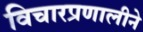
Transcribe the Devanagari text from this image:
विचारप्रणालीने